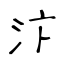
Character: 汴